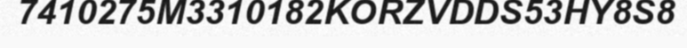
7410275M3310182KORZVDDS53HY8S8